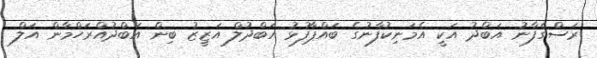
ރަސްގެފާނު އަބްދު އަކީ އެމަނިކުފާނުގެ ބައްޕާފުޅު އަބްދުލް އަޒީޒު ބިން އަބްދުއްރަހްމާން އަލް